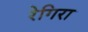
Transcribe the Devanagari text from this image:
रेगिरा